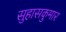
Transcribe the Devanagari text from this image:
सुहासकुमार